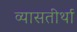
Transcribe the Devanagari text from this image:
व्यासतीर्था